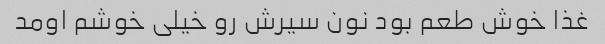
غذا خوش طعم بود نون سیرش رو خیلی خوشم اومد